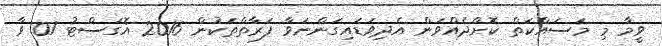
ވީމާ މި މަސައްކަތް ކޮށްދެއްވަން އެދިވަޑައިގަންނަވާ ފަރާތްތަކުން 2016 އޮގަސްޓު 07 ވާ